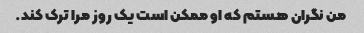
من نگران هستم که او ممکن است یک روز مرا ترک کند.